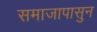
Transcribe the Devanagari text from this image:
समाजापासुन